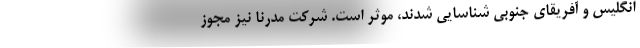
انگلیس و آفریقای جنوبی شناسایی شدند، موثر است. شرکت مدرنا نیز مجوز